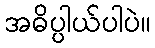
အဓိပ္ပါယ်ပါပဲ။